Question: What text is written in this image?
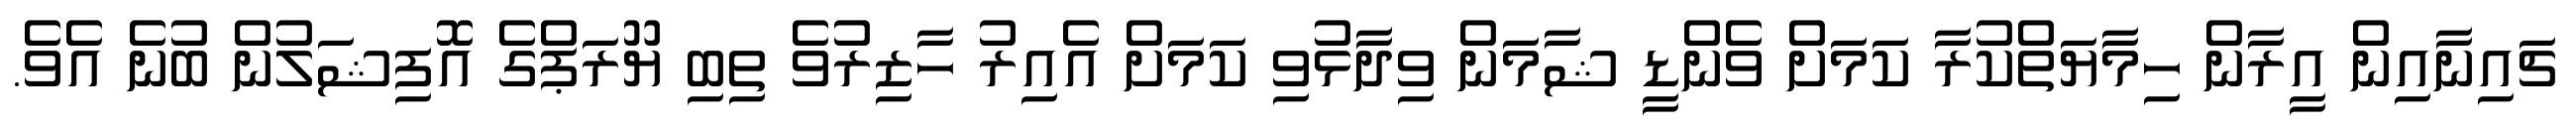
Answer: ޗައިނާއިން އީރާން ހިމާޔަތްކުރާ ކަމަށް ވެންޑީ ޝާމަން ވިދާޅުވި ކަމަށް އެއިރު ހާޒިރުވެ ތިބި ޔޫރަޕްގެ އޮފިޝަލުން ބުނެ އެވެ.